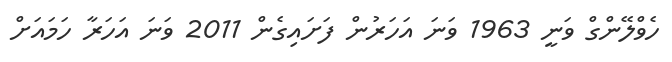
ހެވްލޭންގް ވަނީ 1963 ވަނަ އަހަރުން ފަށައިގެން 2011 ވަނަ އަހަރާ ހަމައަށް